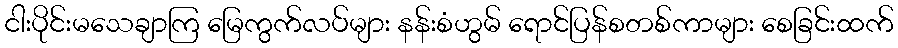
ငါးပိုင်းမသေချာကြ မြေကွက်လပ်များ နန်းစံဟွမ် ရောင်ပြန်စတစ်ကာများ စေခြင်းထက်